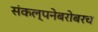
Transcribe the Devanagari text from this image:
संकल्पनेबरोबरच